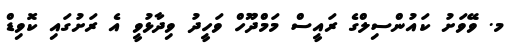
މ. ވޭވަށު ކައުންސިލްގެ ރައީސް މަމްދޫހް ވަހީދު ވިދާޅުވީ އެ ރަށުގައި ކޮވިޑް